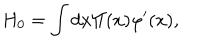
LaTeX: H _ { 0 } = \int d x \Pi ( x ) \varphi ^ { \prime } ( x ) ,